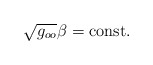
\begin{align*}\sqrt{g_{oo}} \beta = \mathrm{const}. \end{align*}